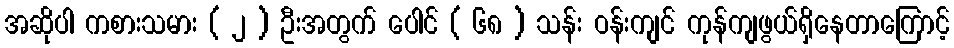
အဆိုပါ ကစားသမား ( ၂ ) ဦးအတွက် ပေါင် ( ၆၈ ) သန်း ဝန်းကျင် ကုန်ကျဖွယ်ရှိနေတာကြောင့်